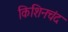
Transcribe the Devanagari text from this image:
किशिनचंद